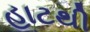
હાટથી